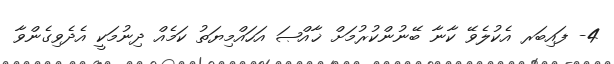
4- ފައިބަރ އެކުލެވޭ ކާނާ ބޭނުންކުރުމަށް ޚާއްޞަ އަހައްމިޔަތު ކަމެއް ދިނުމަކީ އެދެވިގެންވާ